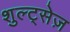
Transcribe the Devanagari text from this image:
शुल्ट्सेज़